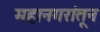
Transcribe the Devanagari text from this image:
महानगरांतून